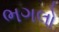
ભગલો